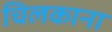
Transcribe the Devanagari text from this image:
चिलकाना